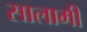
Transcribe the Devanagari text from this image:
सालामी